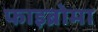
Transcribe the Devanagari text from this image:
फाइब्रोमा